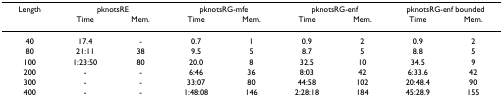
<table><thead><tr><td><b>Length</b></td><td colspan="2"><b>pknotsRE</b></td><td colspan="2"><b>pknotsRG-mfe</b></td><td colspan="2"><b>pknotsRG-enf</b></td><td colspan="2"><b>pknotsRG-enf bounded</b></td></tr><tr><td></td><td><b>Time</b></td><td><b>Mem.</b></td><td><b>Time</b></td><td><b>Mem.</b></td><td><b>Time</b></td><td><b>Mem.</b></td><td><b>Time</b></td><td><b>Mem.</b></td></tr></thead><tbody><tr><td>40</td><td>17.4</td><td>-</td><td>0.7</td><td>1</td><td>0.9</td><td>2</td><td>0.9</td><td>2</td></tr><tr><td>80</td><td>21:11</td><td>38</td><td>9.5</td><td>5</td><td>8.7</td><td>5</td><td>8.8</td><td>5</td></tr><tr><td>100</td><td>1:23:50</td><td>80</td><td>20.0</td><td>8</td><td>32.5</td><td>10</td><td>34.5</td><td>9</td></tr><tr><td>200</td><td>-</td><td>-</td><td>6:46</td><td>36</td><td>8:03</td><td>42</td><td>6:33.6</td><td>42</td></tr><tr><td>300</td><td>-</td><td>-</td><td>33:07</td><td>80</td><td>44:58</td><td>102</td><td>20:48.4</td><td>90</td></tr><tr><td>400</td><td>-</td><td>-</td><td>1:48:08</td><td>146</td><td>2:28:18</td><td>184</td><td>45:28.9</td><td>155</td></tr></tbody></table>